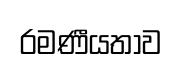
රමණීයතාව